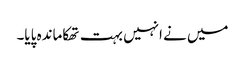
میں نے انہیں بہت تھکاماندہ پایا۔